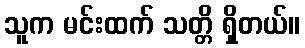
သူက မင်းထက် သတ္တိ ရှိတယ်။